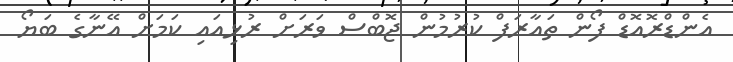
އެންޑްރޮއޮޑް ފޯން ތައާރަފް ކުރުމުން ޖޮބްސް ވަރަށް ރުޅިއައި ކަމަށް އޭނާގެ ބަޔޯ